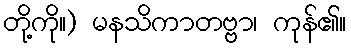
တို့ကို။) မနသိကာတဗ္ဗာ၊ ကုန်၏။